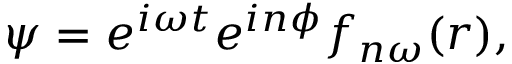
\psi = e ^ { i \omega t } e ^ { i n \phi } f _ { n \omega } ( r ) ,